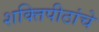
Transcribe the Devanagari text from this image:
शक्तिपीठांचे